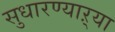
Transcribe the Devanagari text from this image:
सुधारण्याऱ्या